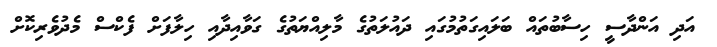
އަދި އަންދާސީ ހިސާބުތައް ބަލައިގަތުމުގައި ދައުލަތުގެ މާލިއްޔަތުގެ ގަވާއިދާއި ހިލާފަށް ފެކްސް މެދުވެރިކޮށް